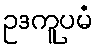
ဥဒကူပမံ